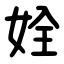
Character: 姾